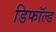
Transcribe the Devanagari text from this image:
डिफॉल्ड